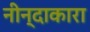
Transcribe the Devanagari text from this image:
नीन्दाकारा